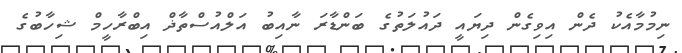
ނިމުމާއެކު ދެން އިވިގެން ދިޔައީ ދައުލަތުގެ ބަންޑާރަ ނާއިބު އަލްއުސްތާޛް އިބްރާހީމް ޝިހާބުގެ